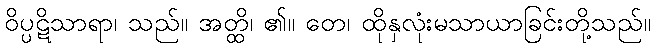
ဝိပ္ပဋိသာရာ၊ သည်။ အတ္ထိ၊ ၏။ တေ၊ ထိုနှလုံးမသာယာခြင်းတို့သည်။